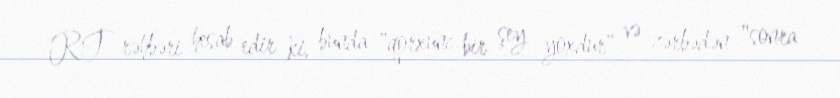
RT rəhbəri hesab edir ki, bunda "qorxunc bir şey yoxdur" və zərbədən "sonra